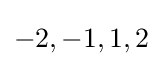
-2,-1,1,2